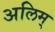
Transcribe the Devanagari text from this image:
अलिम्